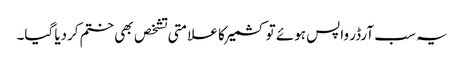
یہ سب آرڈر واپس ہوئے تو کشمیر کا علامتی تشخص بھی ختم کردیا گیا۔